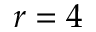
r = 4